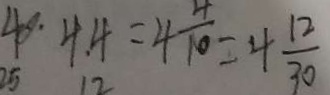
4 0 4 . 4 = 4 \frac { 4 } { 1 0 } = 4 \frac { 1 2 } { 3 0 }